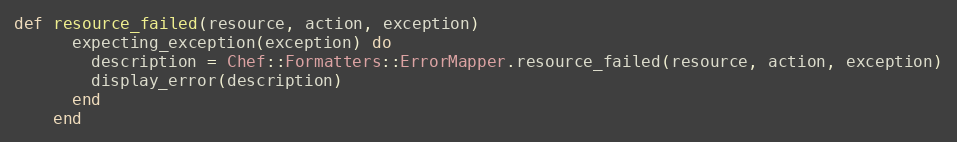
Language: Ruby
def resource_failed(resource, action, exception)
      expecting_exception(exception) do
        description = Chef::Formatters::ErrorMapper.resource_failed(resource, action, exception)
        display_error(description)
      end
    end